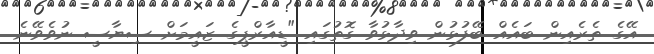
އޭގެ ތެރެއިން ބައެއް ބޭފުޅުން ވިދާޅުވާ ގޮތުގައި "ޑީއާރްޕީގެ ޒައީމަށް ސިޔާސީ ނުވެވޭނެ